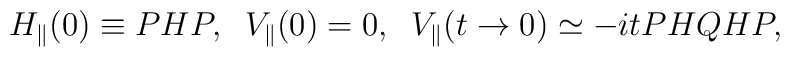
H_{\parallel}(0) \equiv PHP, \; \; V_{\parallel}(0) = 0,\; \; V_{\parallel} (t \rightarrow0) \simeq -itPHQHP,